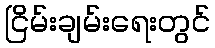
ငြိမ်းချမ်းရေးတွင်